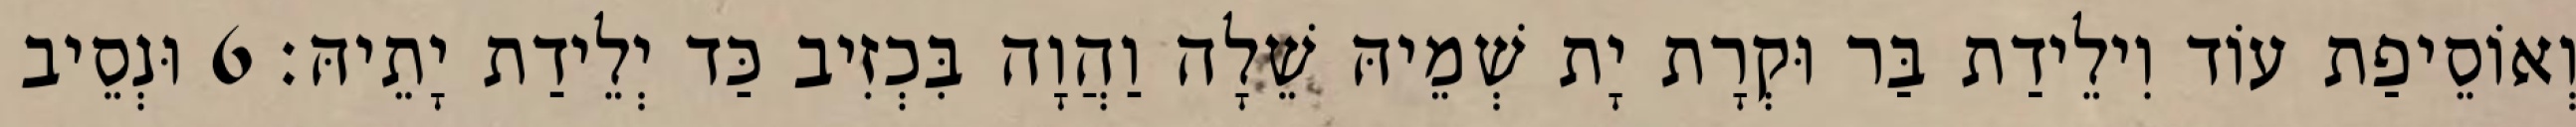
וְאוֹסֵיפַת עוֹד וִילֵידַת בַּר וּקְרָת יָת שְׁמֵיהּ שֵׁלָה וַהֲוָה בִּכְזִיב כַּד יְלֵידַת יָתֵיהּ׃ 6 וּנְסֵיב